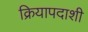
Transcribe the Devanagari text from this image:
क्रियापदाशी